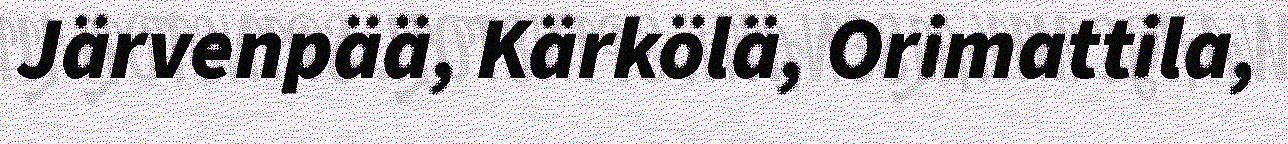
Järvenpää, Kärkölä, Orimattila,